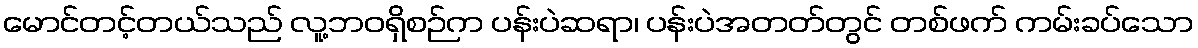
မောင်တင့်တယ်သည် လူ့ဘဝရှိစဉ်က ပန်းပဲဆရာ၊ ပန်းပဲအတတ်တွင် တစ်ဖက် ကမ်းခပ်သော